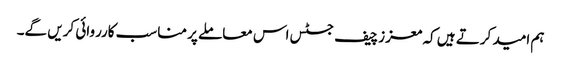
ہم امید کرتے ہیں کہ معزز چیف جسٹس اس معاملے پر مناسب کارروائی کریں گے۔